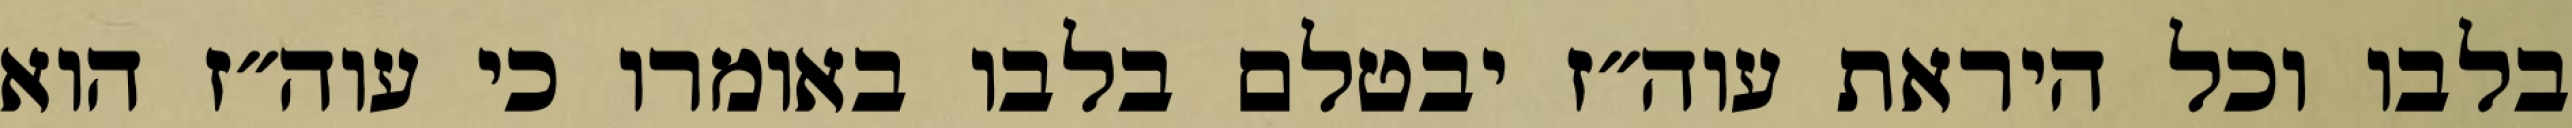
בלבו וכל היראת עוה״ז יבטלם בלבו באומרו כי עוה״ז הוא